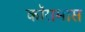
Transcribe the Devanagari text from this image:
कॉसमास